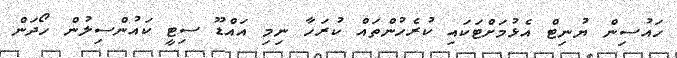
ހައުސިން ޔުނިޓް އެޅުމަށްޓަކައި ކުރެހުންތައް ކުރަހާ ނިމި އައްޑޫ ސިޓީ ކައުންސިލުން ހޯދަން